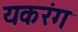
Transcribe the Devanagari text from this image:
यकरंग